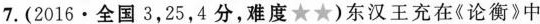
7.(2016·全国3，25，4分，难度★★)东汉王充在《论衡》中